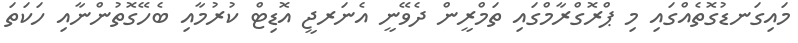
މައިގަނޑުގޮތެއްގައި މި ޕްރޮގްރާމްގައި ތަމްރީން ދެވޭނީ އެނަރޖީ އޮޑިޓް ކުރުމާއި ބެހޭގޮތުންނާއި ހަކަތަ